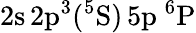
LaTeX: \mathrm{2s\, 2p^{3}(^{5}S)\, 5p~^{6}P}